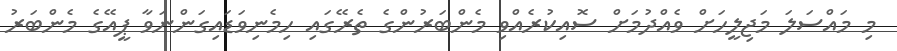
މި މައްސަލަ މަޖިލީހަށް ވެއްދުމަށް ސޮއިކުރެއްވި މެންބަރުންގެ ތެރޭގައި ހިމެނިވަޑައިގަންނަވާ ޕީއޭގެ މެންބަރު